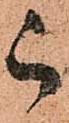
被